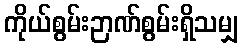
ကိုယ်စွမ်းဉာဏ်စွမ်းရှိသမျှ